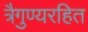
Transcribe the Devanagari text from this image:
त्रैगुण्यरहित